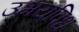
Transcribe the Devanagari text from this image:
उभयविध